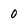
Character: 0